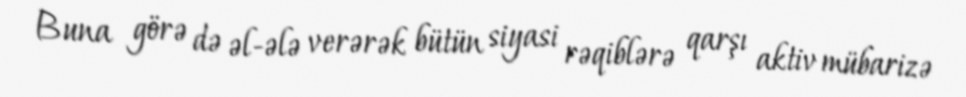
Buna görə də əl-ələ verərək bütün siyasi rəqiblərə qarşı aktiv mübarizə